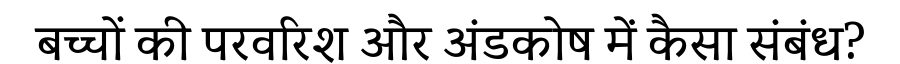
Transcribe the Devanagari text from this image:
बच्चों की परवरिश और अंडकोष में कैसा संबंध?